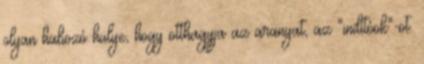
olyan habozó hülye, hogy otthagyja az aranyat, az "indítóok"-ot.